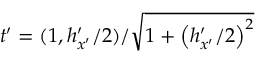
t ^ { \prime } = ( 1 , h _ { x ^ { \prime } } ^ { \prime } / 2 ) / \sqrt { 1 + \left( h _ { x ^ { \prime } } ^ { \prime } / 2 \right) ^ { 2 } }